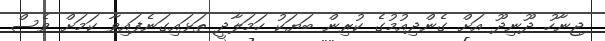
ޖިނާހު ދޫނިދޫ އަށް ގެންދިއުމުގެ ކުރިން ބަޔަކު ހަމަލާދީ ތަޅައިގަނެފައިވާ ކަމަށް ވެސް